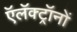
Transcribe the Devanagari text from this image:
ऍलॅक्ट्रॉनों